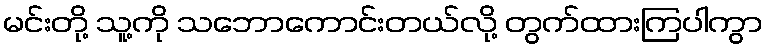
မင်းတို့ သူ့ကို သဘောကောင်းတယ်လို့ တွက်ထားကြပါကွာ